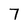
Character: 7